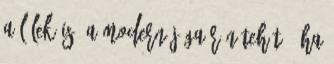
a lélek is. A modern jógaórán tehát , ha